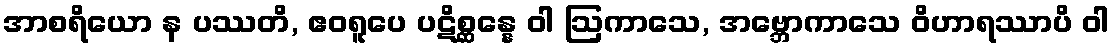
အာစရိယော န ပဿတိ, ဧဝရူပေ ပဋိစ္ဆန္နေ ဝါ ဩကာသေ, အဗ္ဘောကာသေ ဝိဟာရဿာပိ ဝါ